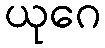
ယုဂေ